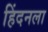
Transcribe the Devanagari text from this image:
हिंदनला